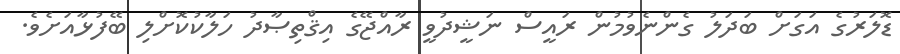
ޑޮލަރުގެ އަގަށް ބަދަލު ގެންނެވުމުން ރައީސް ނަޝީދުވީ ރާއްޖޭގެ އިޤްތިޞާދު ހަލާކުކޮށްލި ބޭފުޅާއަށެވެ.